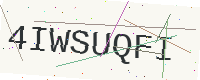
Text: 4IWSUQFI